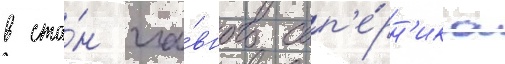
в ста́н гла́вного соп'е́рн'ика